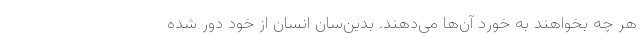
هر چه بخواهند به خورد آن‌ها می‌دهند. بدین‌سان انسان از خود دور شده